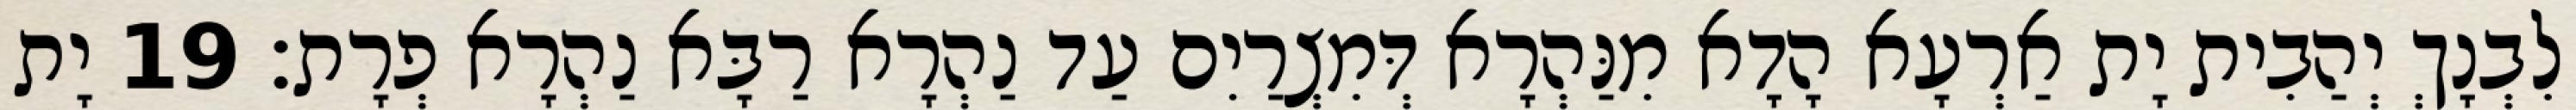
לִבְנָךְ יְהַבִית יָת אַרְעָא הָדָא מִנַּהְרָא דְּמִצְרַיִם עַד נַהְרָא רַבָּא נַהְרָא פְרָת׃ 19 יָת